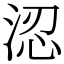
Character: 涊